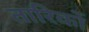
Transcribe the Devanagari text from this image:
तारिकों